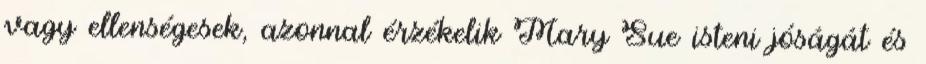
vagy ellenségesek, azonnal érzékelik Mary Sue isteni jóságát és